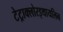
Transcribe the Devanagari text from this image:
टेट्राक्लोरइथायलिन